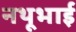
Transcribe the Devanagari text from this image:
नथूभाई